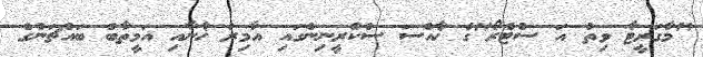
"މާގަރީޓާ ވިތު އަ ސްޓްރޯ"ގެ ޚާއްސަ ސްކްރީނިންގައި އާމިރު ޚާނާއި އަމީތާބް ބައްޗަންގެ